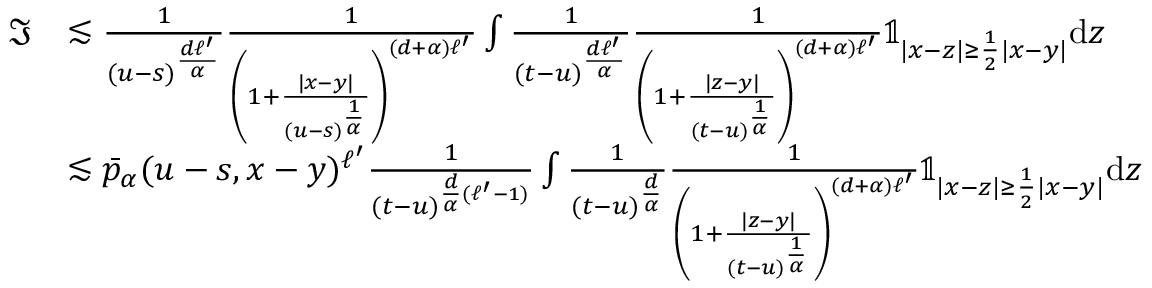
\begin{array} { r l } { \mathfrak { I } } & { \lesssim \frac { 1 } { ( u - s ) ^ { \frac { d \ell ^ { \prime } } { \alpha } } } \frac { 1 } { \left( 1 + \frac { | x - y | } { ( u - s ) ^ { \frac { 1 } { \alpha } } } \right) ^ { ( d + \alpha ) \ell ^ { \prime } } } \int \frac { 1 } { ( t - u ) ^ { \frac { d \ell ^ { \prime } } { \alpha } } } \frac { 1 } { \left( 1 + \frac { | z - y | } { ( t - u ) ^ { \frac { 1 } { \alpha } } } \right) ^ { ( d + \alpha ) \ell ^ { \prime } } } \mathbb { 1 } _ { | x - z | \geq \frac { 1 } { 2 } | x - y | } \mathrm { d } z } \\ & { \lesssim \bar { p } _ { \alpha } ( u - s , x - y ) ^ { \ell ^ { \prime } } \frac { 1 } { ( t - u ) ^ { \frac { d } { \alpha } ( \ell ^ { \prime } - 1 ) } } \int \frac { 1 } { ( t - u ) ^ { \frac { d } { \alpha } } } \frac { 1 } { \left( 1 + \frac { | z - y | } { ( t - u ) ^ { \frac { 1 } { \alpha } } } \right) ^ { ( d + \alpha ) \ell ^ { \prime } } } \mathbb { 1 } _ { | x - z | \geq \frac { 1 } { 2 } | x - y | } \mathrm { d } z } \end{array}